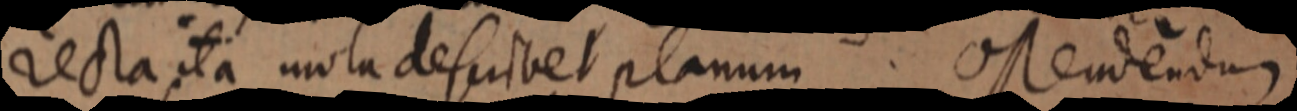
recta ita mola describet planum. Ostendendum